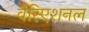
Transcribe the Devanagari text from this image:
वैरिएशनल